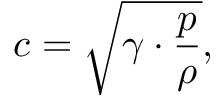
c = { \sqrt { \gamma \cdot { \frac { p } { \rho } } } } ,